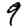
Digit: 9